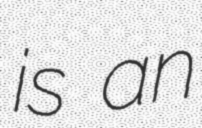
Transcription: is an